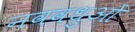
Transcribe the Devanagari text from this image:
नववधुओं